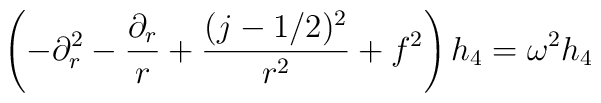
\left(-\partial_r^2 -{\partial_r\over r} +{(j-1/2)^2\over r^2} +f^2\right) h_4 = \omega^2 h_4